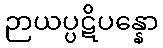
ဉာယပ္ပဋိပန္နော